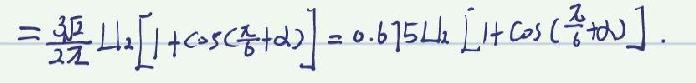
\[ =\frac{3\sqrt{2}}{2\pi}I_{12}\left[1 + \cos\left(\frac{\pi}{6}+\alpha\right)\right]=0.675I_{12}\left[1 + \cos\left(\frac{\pi}{6}+\alpha\right)\right]. \]